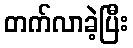
တက်လာခဲ့ပြီး